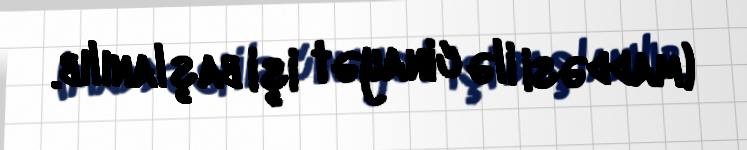
(maddəsi ilə cinayət işi başlanılıb.